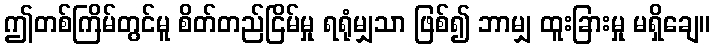
ဤတစ်ကြိမ်တွင်မူ စိတ်တည်ငြိမ်မှု ရရုံမျှသာ ဖြစ်၍ ဘာမျှ ထူးခြားမှု မရှိချေ။